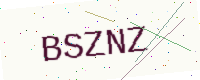
Text: BSZNZ